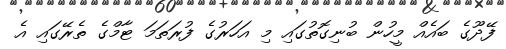
ފޭދޫގެ ބައެއް މީހުން ބުނިގޮތުގައި މި އަހަރުގެ ފުރަތަމަ ޓާމްގެ ތެރޭގައި އެ